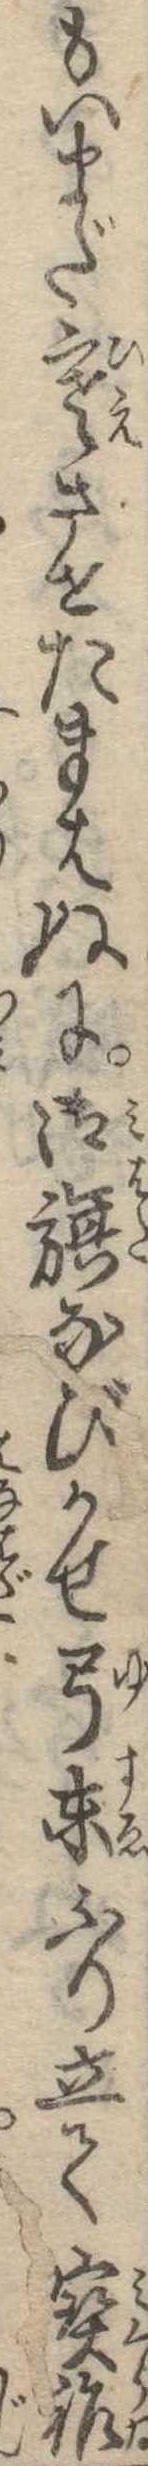
もいまだ寒させたまはぬに御旗なびかせ弓末ふり立て宝祚